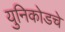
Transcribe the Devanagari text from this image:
युनिकोडचे